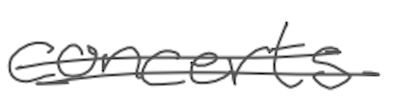
Text: concerts
Cross-out: double-line
Writing tool: digital_gray